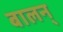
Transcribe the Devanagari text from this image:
बालन्